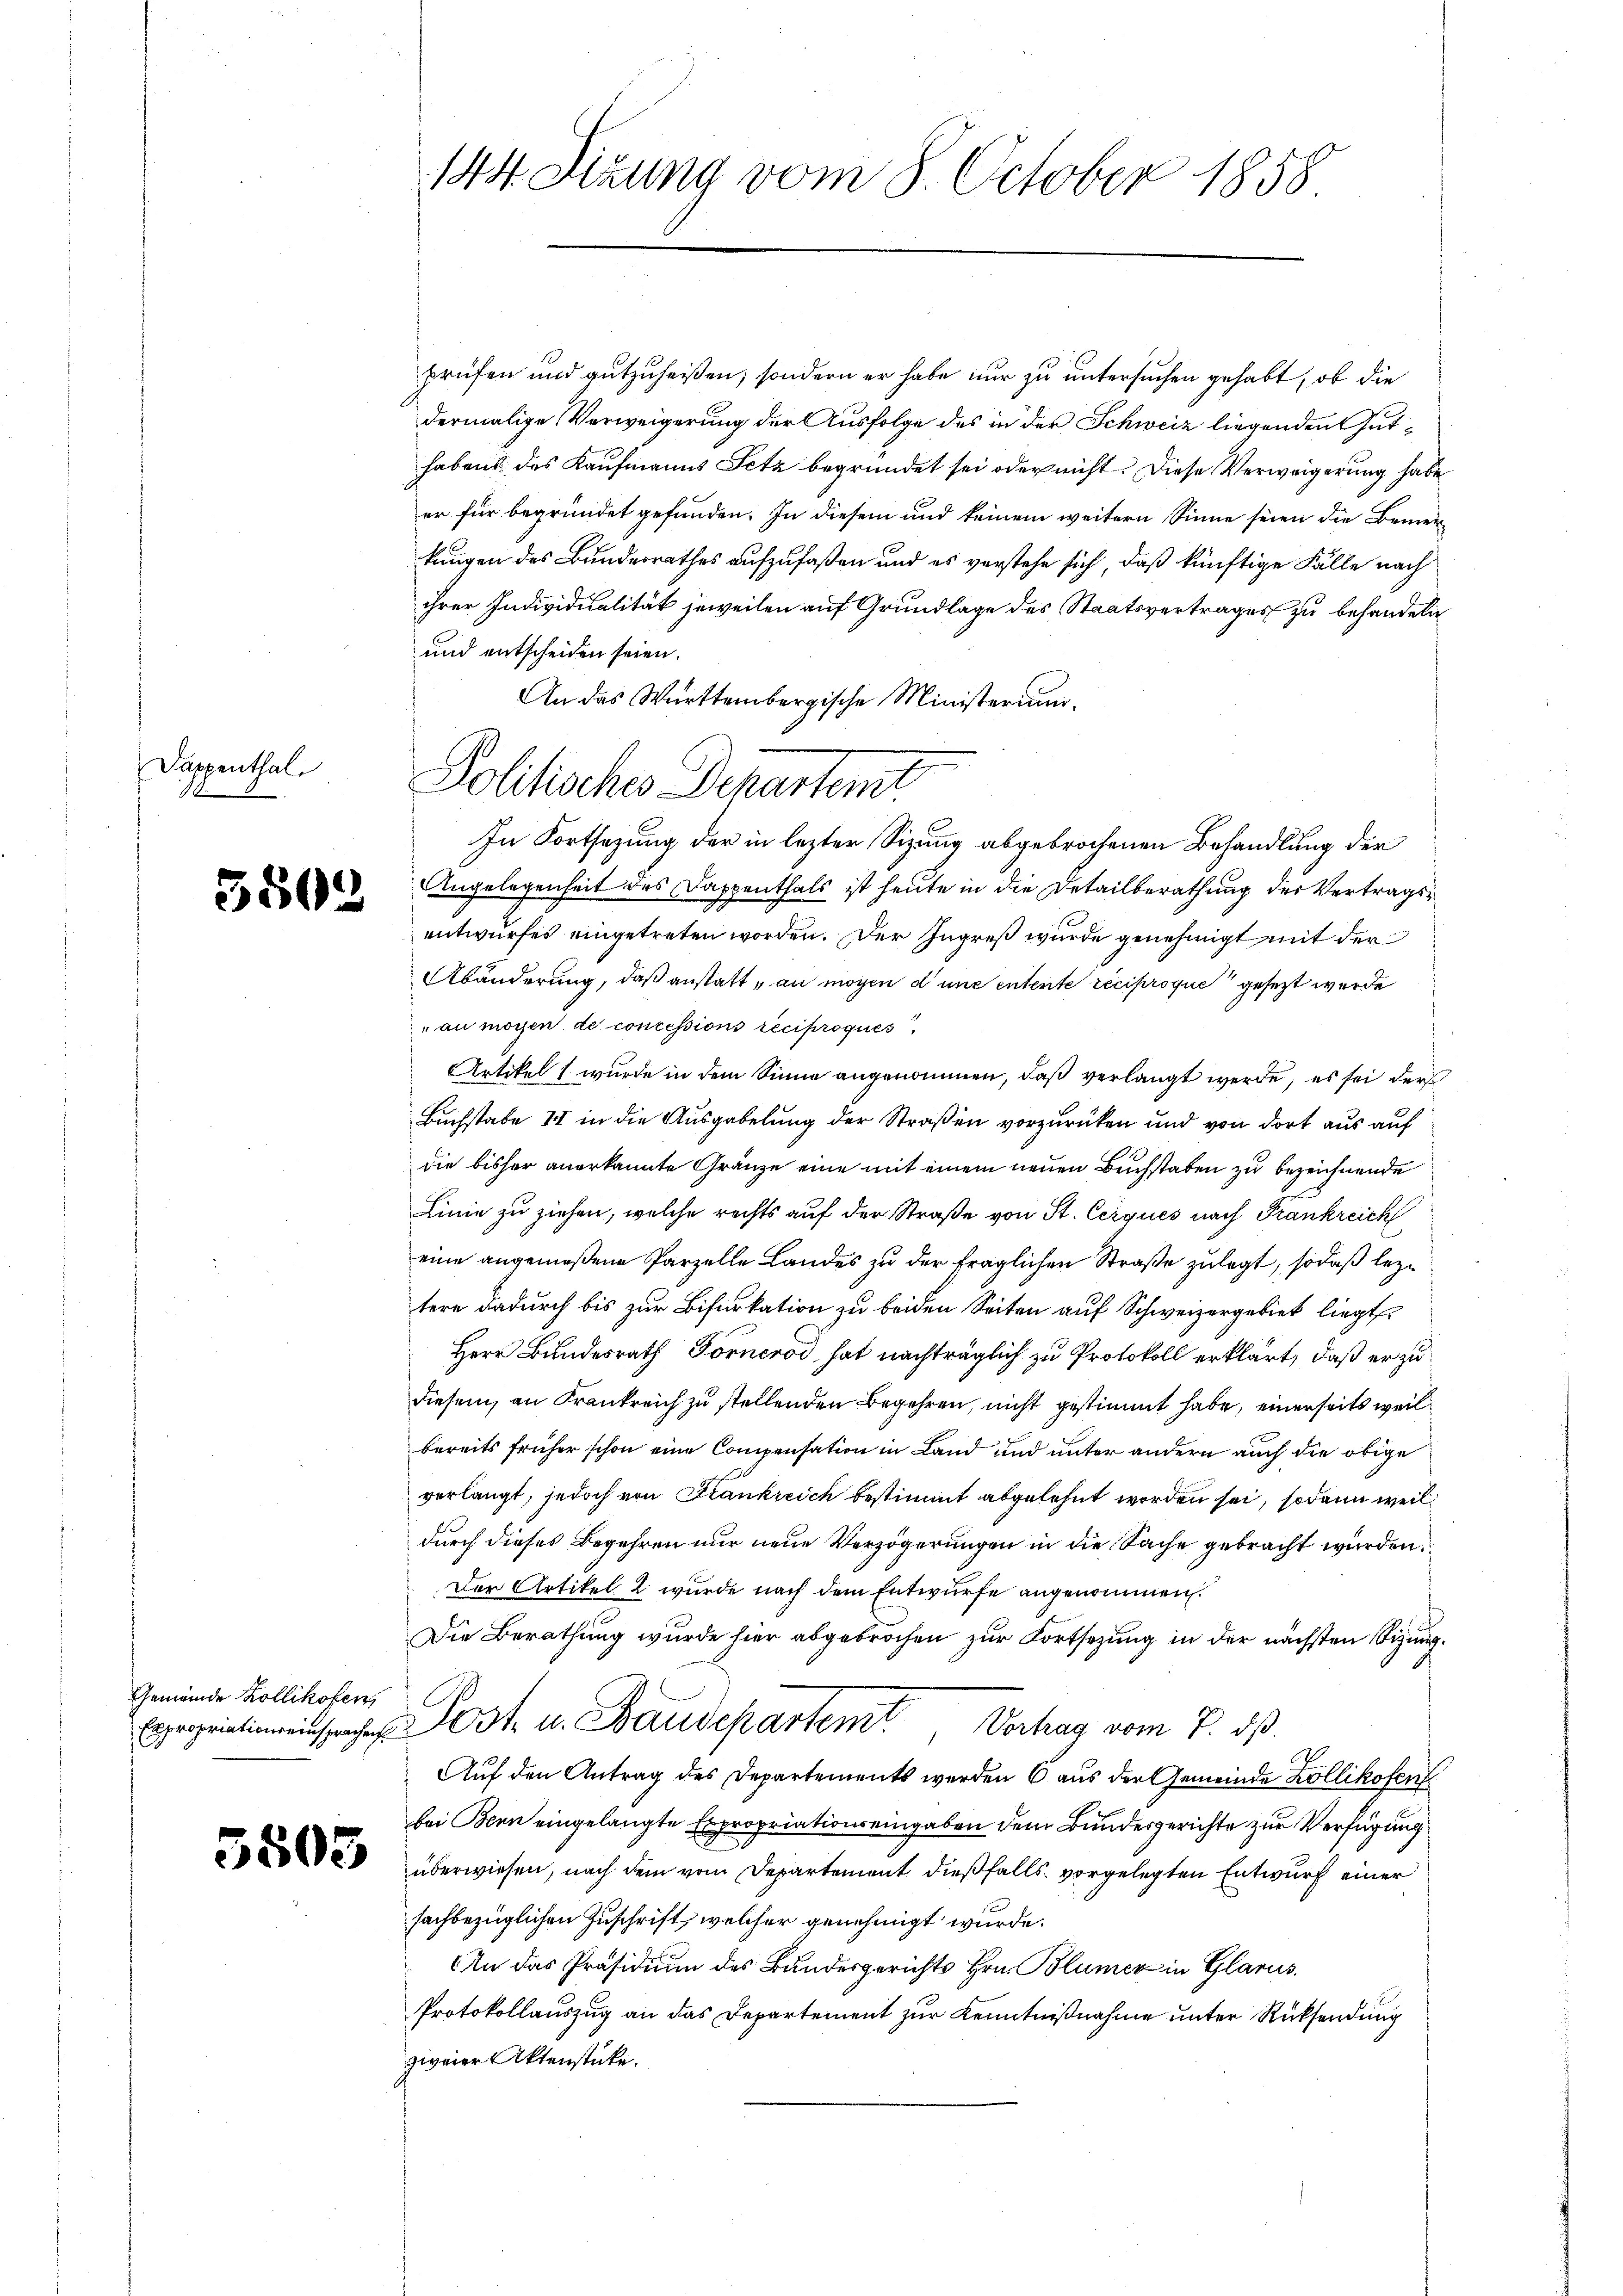
Dappenthal.
1

3502

Gemeinde Zollikofen,

144. Sizung vom 8. October 1858

prüfen und gutzuheißen; sondern er habe nur zu untersuchen gehabt, ob die
dermalige Verweigerung der Ausfolge des in der Schweiz liegenden Guthabens des Kaufmanns Fetz begründet sei oder nicht. Diese Verweigerung habe
er für begründet gefunden. In diesem und keinem weitern Sinne seien die Bemerkungen des Bundesrathes aufzufaßen und es verstehe sich, daß künftige Fälle nach
ihrer Individualität jeweilen auf Grundlage des Staatsvertrages zu behandeln
und entscheiden seien.
An das Württembergische Ministerium.
In Fortsezung der in lezter Sizung abgebrochenen Behandlung der
Angelegenheit des Dappenthals ist heute in die Detailberathung der Vertragsentwurfes eingetreten worden. Der Ingreß wurde genehmigt mit der
Abänderung, daß anstatt „an mögen d une entente reciproque gesetzt wurde
au moyen de concessions reciproques.
Artikel ( wurde in dem Sinne angenommen, daß verlangt werde, es sei der
Buchstabe 14 in die Ausgabelung der Straßen vorzurücken und von dort aus auf
die bisher anerkannte Gränze eine mit einem neuen Buchstaben zu bezeichnende
Linie zu ziehen, welche rechts auf der Straße von St. Cerques nach Frankreich
eine angemeßene Parzelle Landes zu der fraglichen Straße zulegt, so daß leztere dadurch bis zur Bifurkation zu beiden Seiten auf Schweizergebiet liegt.
Herr Bundesrath Fornerod hat nachträglich zu Protokoll erklärt, daß er zu
diesem, an Frankreich zu stellenden Begehren, nicht gestimmt habe, einerseits weil
bereits früher schon eine Compensation in Land und unter andern auch die obige
verlangt, jedoch von Frankreich bestimmt abgelehnt worden sei, sodann weil
durch dieses Begehren nur neue Verzögerungen in die Sache gebracht wurden.
Der Artikel 2 wurde nach dem Entwurfe angenommen.
Die Berathung wurde hier abgebrochen zur Fortsezung in der nächsten Sizung¬
 t u. Baudepartem Verhag vom 7. ds.
Auf den Antrag des Departements werden 6 aus der Gemeinde Zollikofen
bei Bern eingelangte Expropriationseingaben dem Bundesgerichte zur Verfügung
2 überwiesen, nach dem vom Departement dießfalls vorgelegten Entwurf einer
sachbezüglichen Zuschrift, welcher genehmigt wurde.
An das Präsidium des Bundesgerichts Hrn. Blümer in Glarus.
Protokollauszug an das Departement zur Kenntnißnahme unter Rücksendung
zweier Aktenstücke.

Politische Departemt